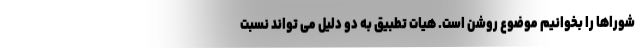
شوراها را بخوانیم موضوع روشن است. هیات تطبیق به دو دلیل می تواند نسبت